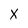
Character: X